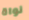
نواة